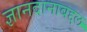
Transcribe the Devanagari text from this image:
ज्ञानदानाबद्दल